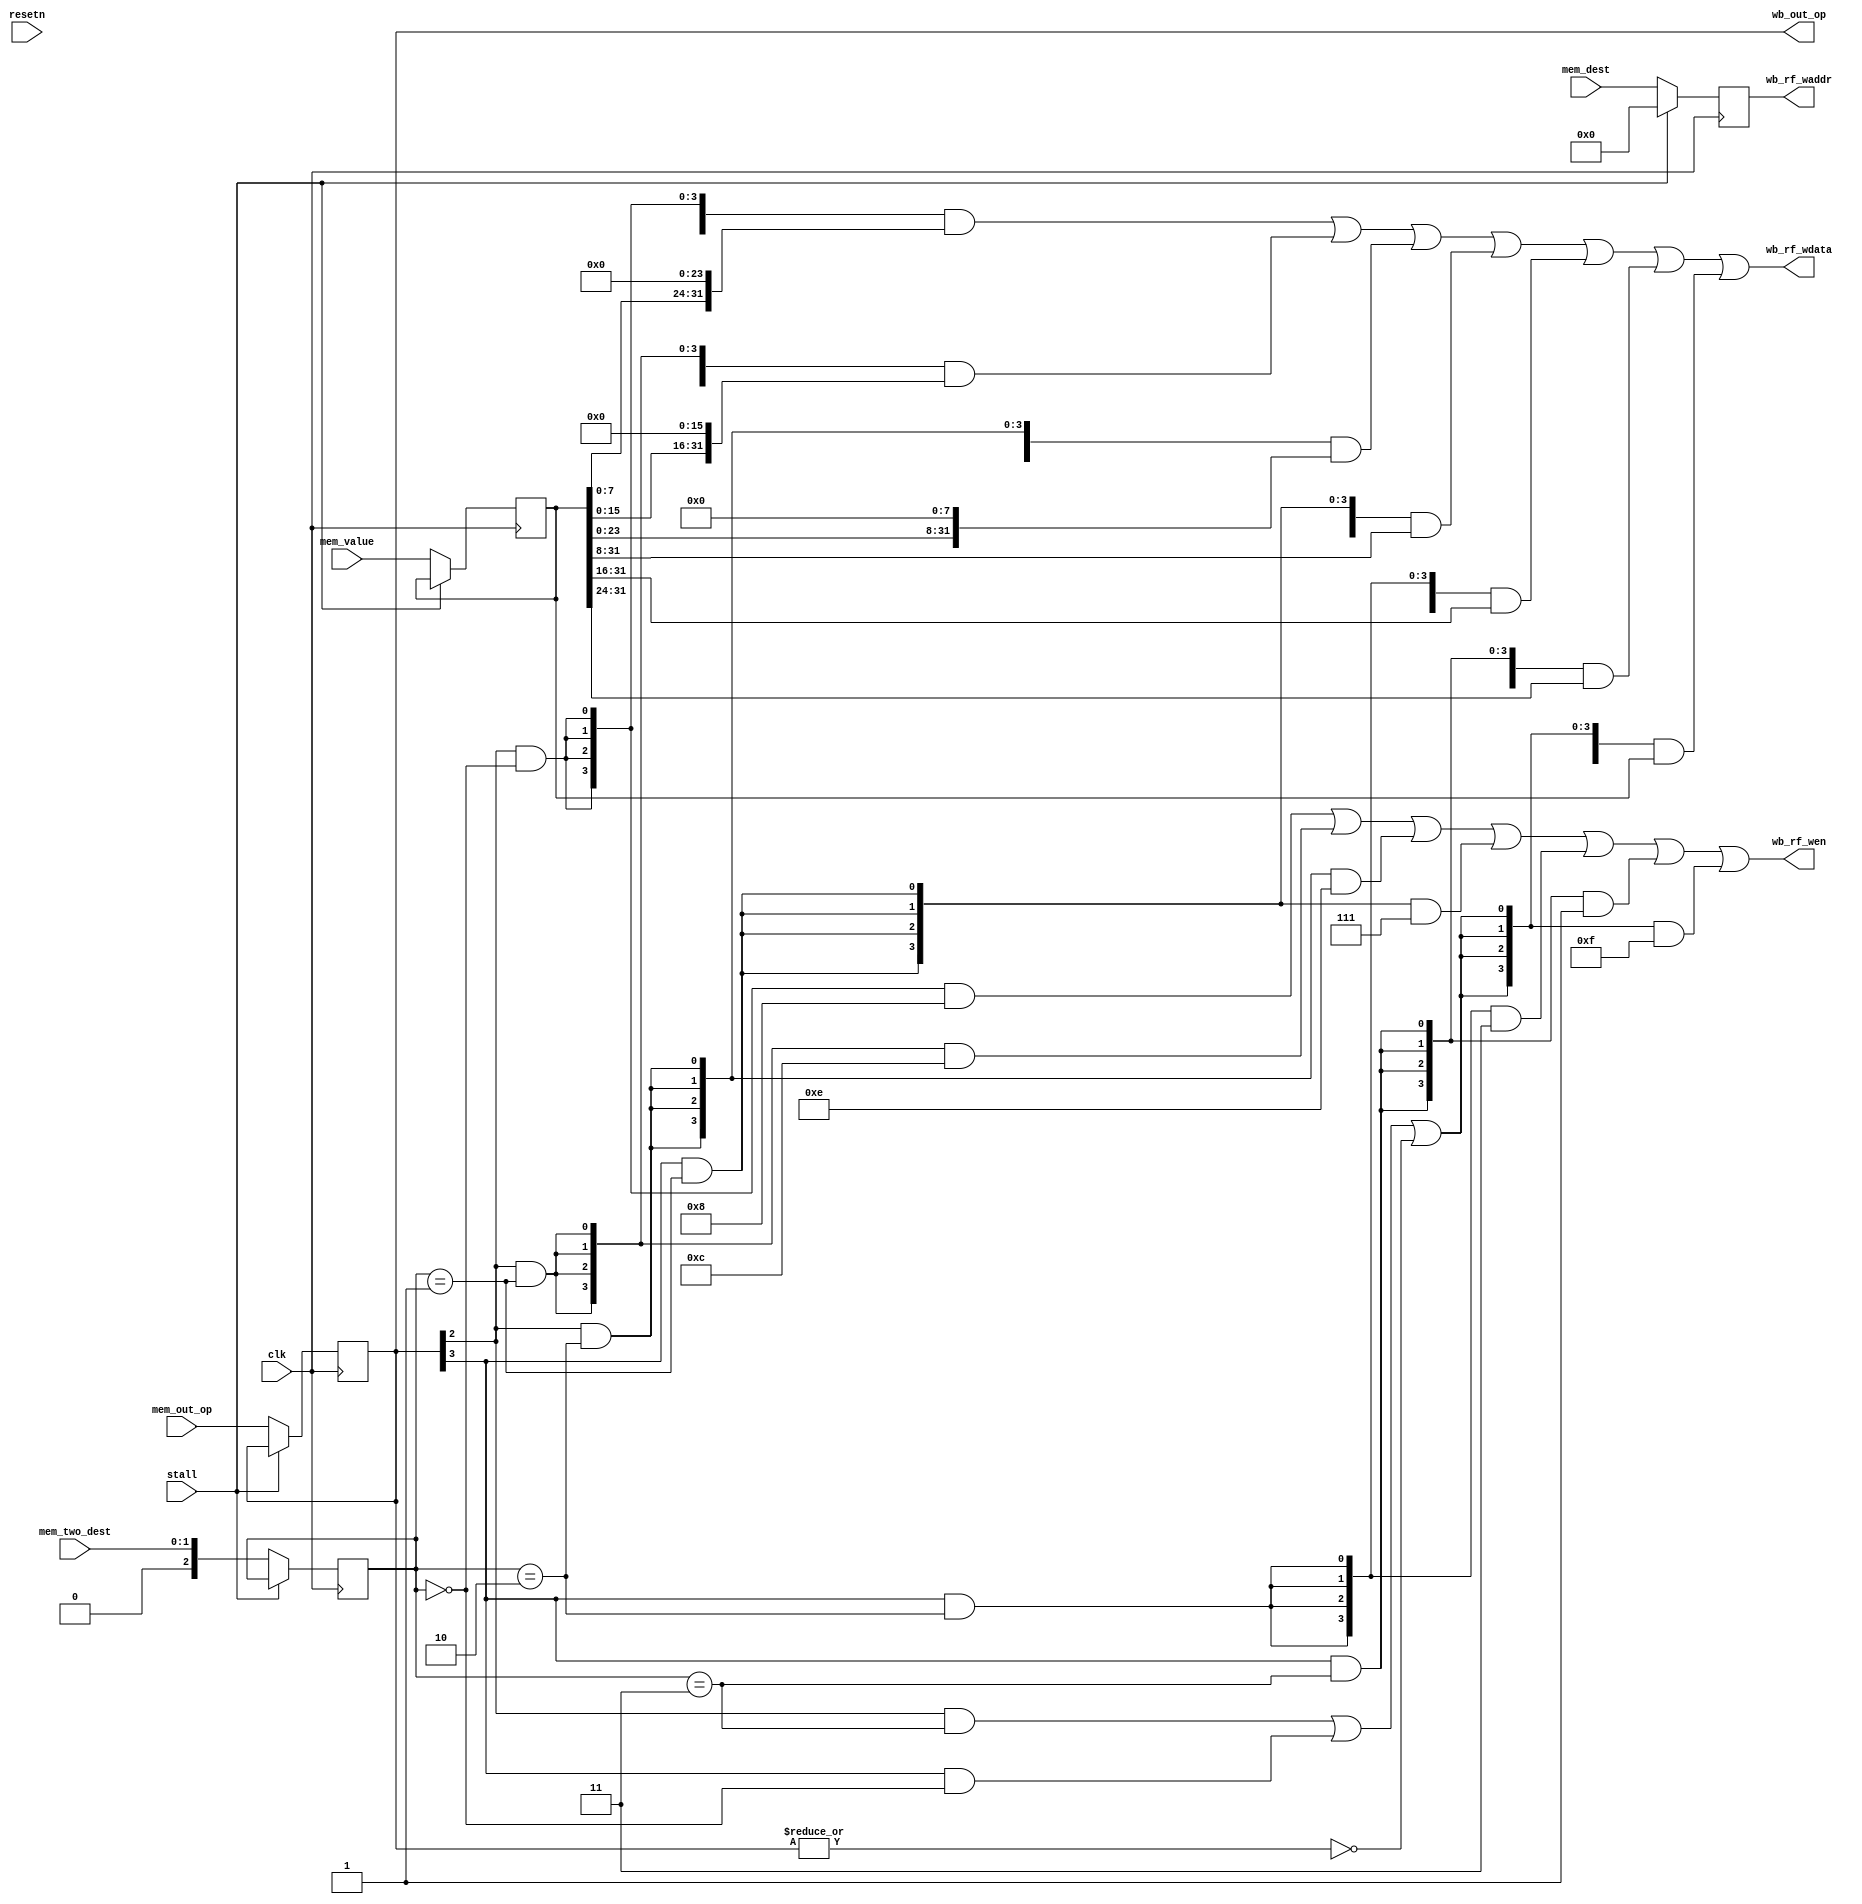
module writeback_stage(
    input  wire        clk,
    input  wire        resetn,
	input  wire        stall,

    input  wire [ 4:0] mem_out_op,      //control signals used in WB stage
    input  wire [ 4:0] mem_dest,        //reg num of dest operand
    input  wire [31:0] mem_value,       //mem_stage final result
	input  wire [ 1:0] mem_two_dest,

    output wire [ 4:0] wb_out_op,
	output wire [ 3:0] wb_rf_wen,
    output wire [ 4:0] wb_rf_waddr,
    output wire [31:0] wb_rf_wdata 

  `ifdef SIMU_DEBUG
   ,input  wire [31:0] mem_pc,          //pc @memory_stage
    input  wire [31:0] mem_inst,        //instr code @memory_stage
    output reg  [31:0] wb_pc 
  `endif
);

reg  [ 4:0] wb_op;
reg  [ 4:0] wb_dest;
reg  [31:0] wb_value;
reg         last_stall;
reg  [ 2:0] wb_two;
`ifdef SIMU_DEBUG
reg  [31:0] wb_inst;
`endif

wire l0, l1, l2, l3, r0, r1, r2, r3;
wire rf;

assign l0 = wb_op[2] & (wb_two == 2'b00);
assign l1 = wb_op[2] & (wb_two == 2'b01);
assign l2 = wb_op[2] & (wb_two == 2'b10);
assign l3 = wb_op[2] & (wb_two == 2'b11);
assign r0 = wb_op[3] & (wb_two == 2'b00);
assign r1 = wb_op[3] & (wb_two == 2'b01);
assign r2 = wb_op[3] & (wb_two == 2'b10);
assign r3 = wb_op[3] & (wb_two == 2'b11);
assign rf = ~(|wb_op);

assign wb_rf_waddr = wb_dest;
assign wb_rf_wdata = ({32{l0}} & {wb_value[7:0], 24'd0}) |
					 ({32{l1}} & {wb_value[15:0], 16'd0}) |
					 ({32{l2}} & {wb_value[24:0], 8'd0}) |
					 ({32{r1}} & {8'd0, wb_value[31:8]}) |
					 ({32{r2}} & {16'd0, wb_value[31:16]}) |
					 ({32{r3}} & {24'd0, wb_value[31:24]}) |
					 ({32{l3 | r0 | rf}} & wb_value);
assign wb_rf_wen = ({4{l0}} & 4'b1000) |
				   ({4{l1}} & 4'b1100) |
				   ({4{l2}} & 4'b1110) |
				   ({4{r1}} & 4'b0111) |
				   ({4{r2}} & 4'b0011) |
				   ({4{r3}} & 4'b0001) |
				   ({4{l3 | r0 | rf}} & 4'b1111);
assign wb_out_op = wb_op;

always @(posedge clk)
	if(stall) begin
	wb_op <= wb_op;
	wb_dest <= 5'd0;
	wb_value <= wb_value;
	wb_two <= wb_two;
	last_stall <= last_stall;
	`ifdef SIMU_DEBUG
	wb_pc <= wb_pc;
	wb_inst <= wb_inst;
	`endif
	end else
begin
	wb_op <= mem_out_op;
	wb_dest <= mem_dest;
	wb_value <= mem_value;
	wb_two <= mem_two_dest;
	last_stall <= stall;
	`ifdef SIMU_DEBUG
	wb_pc <= mem_pc;
	wb_inst <= mem_inst;
	`endif
end 

endmodule